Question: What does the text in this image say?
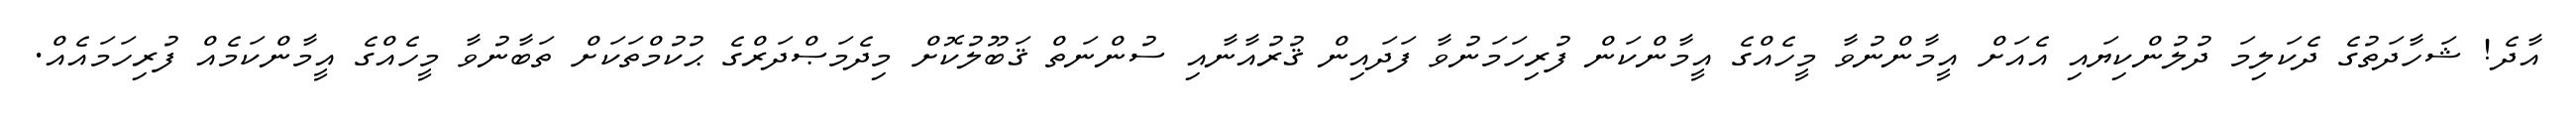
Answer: އާދެ! ޝަހާދަތުގެ ދެކަލިމަ ދުލުންކިޔައި އެއަށް އީމާންނުވާ މީހެއްގެ އީމާންކަން ފުރިހަމަނުވާ ފަދައިން ޤުރުއާނާއި ސުންނަތް ޤަބޫލުކޮށް މިދެމަޞްދަރްގެ ޙުކުމްތަކަށް ތަބާނުވާ މީހެއްގެ އީމާންކަމެއް ފުރިހަމައެއް.